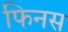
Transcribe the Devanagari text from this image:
फिनस